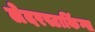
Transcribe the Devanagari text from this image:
लेदरस्टाकिंग्स